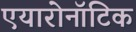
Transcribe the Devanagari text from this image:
एयारोनॉटिक